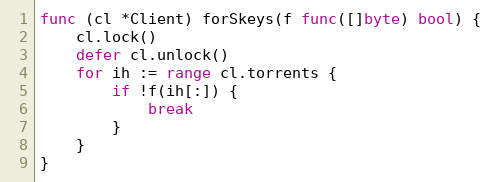
Language: Go
func (cl *Client) forSkeys(f func([]byte) bool) {
	cl.lock()
	defer cl.unlock()
	for ih := range cl.torrents {
		if !f(ih[:]) {
			break
		}
	}
}